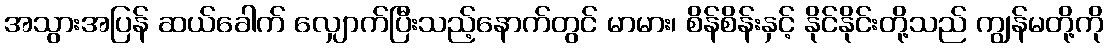
အသွားအပြန် ဆယ်ခေါက် လျှောက်ပြီးသည့်နောက်တွင် မာမား၊ စိန်စိန်းနှင့် နိုင်နိုင်းတို့သည် ကျွန်မတို့ကို